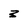
Character: 3